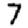
Digit: 7